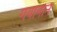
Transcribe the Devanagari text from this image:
गयानाने